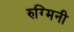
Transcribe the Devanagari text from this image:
रुग्मिनी